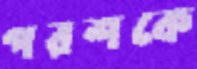
পরশকে